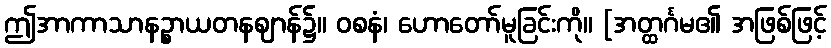
ဤအာကာသာနဉ္စာယတနဈာန်၌။ ဝစနံ၊ ဟောတော်မူခြင်းကို။ [အတ္ထင်္ဂမ၏ အဖြစ်ဖြင့်